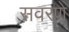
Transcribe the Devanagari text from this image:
सवरणे